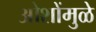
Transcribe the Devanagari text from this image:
ओशोंमुळे